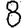
Digit: 8